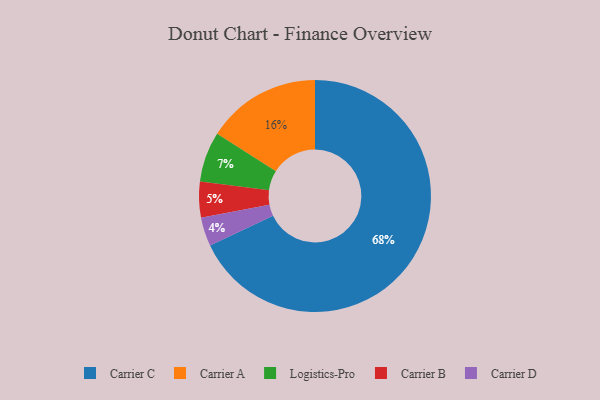
{"axis": {"x": "Category", "y": "Percentage"}, "legend": ["Carrier A", "Carrier B", "Carrier C", "Carrier D", "Logistics-Pro"], "data": [{"x": "Logistics-Pro", "y": 7, "type": "Logistics-Pro"}, {"x": "Carrier C", "y": 68, "type": "Carrier C"}, {"x": "Carrier A", "y": 16, "type": "Carrier A"}, {"x": "Carrier D", "y": 4, "type": "Carrier D"}, {"x": "Carrier B", "y": 5, "type": "Carrier B"}]}